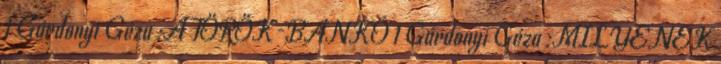
1 Gárdonyi Géza :A TÖRÖK-BANKÓ 1 Gárdonyi Géza :MILYENEK